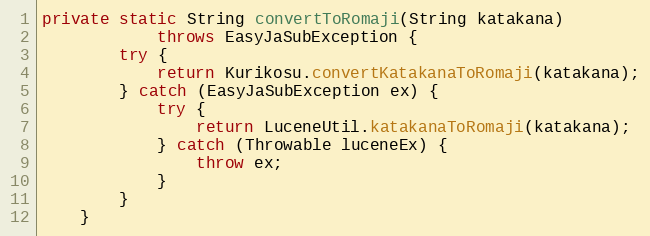
Language: Java
private static String convertToRomaji(String katakana)
			throws EasyJaSubException {
		try {
			return Kurikosu.convertKatakanaToRomaji(katakana);
		} catch (EasyJaSubException ex) {
			try {
				return LuceneUtil.katakanaToRomaji(katakana);
			} catch (Throwable luceneEx) {
				throw ex;
			}
		}
	}